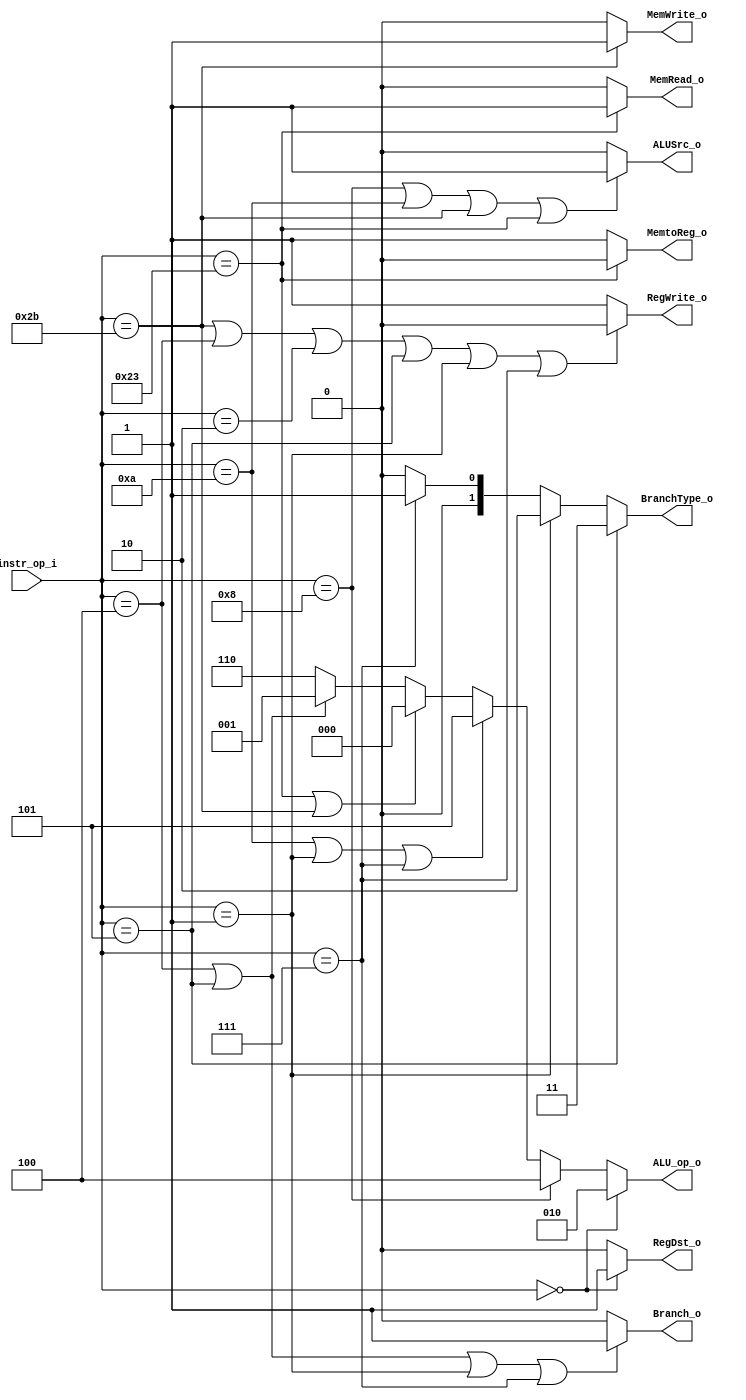
// 0516022

//Subject:     CO project 2 - Decoder
//--------------------------------------------------------------------------------
//Version:     1
//--------------------------------------------------------------------------------
//Writer:  Luke
//----------------------------------------------
//----------------------------------------------
//Description: 
//--------------------------------------------------------------------------------

module Decoder(
    instr_op_i,
	RegWrite_o,
	ALU_op_o,
	ALUSrc_o,
	RegDst_o,
	BranchType_o,
	Branch_o,
	MemRead_o, 
	MemWrite_o, 
	MemtoReg_o
	);
     
//I/O ports
input  [6-1:0] instr_op_i;

output      RegWrite_o;
output [3-1:0] ALU_op_o;
output      ALUSrc_o;
output      RegDst_o;
output	[2-1:0]BranchType_o;
output      Branch_o;
output		MemRead_o;
output		MemWrite_o;
output		MemtoReg_o;
 
//Internal Signals
reg         RegWrite_o;
reg    [3-1:0] ALU_op_o;
reg         ALUSrc_o;
reg         RegDst_o;
reg		[2-1:0]BranchType_o;
reg         Branch_o;
reg			MemRead_o;
reg			MemWrite_o;
reg			MemtoReg_o;

//Parameter

//Main function
always@(instr_op_i) begin
	RegDst_o = 	(instr_op_i == 6'b000000) ? 1'b1 : 1'b0;
					
	MemtoReg_o = (instr_op_i == 6'b100011) ? 1'b0 : 1'b1;

	RegWrite_o = (instr_op_i == 6'b101011 || instr_op_i == 6'b000100 || instr_op_i == 6'b000010 || instr_op_i == 6'b000101 || instr_op_i == 6'b000001 || instr_op_i == 6'b000111) ? 1'b0 : 1'b1;
				  		  
	ALU_op_o = (instr_op_i == 6'b000000) ? 3'b010 : //add,sub,and,or,slt,mult
					(instr_op_i == 6'b001000) ? 3'b100 : //addi
					(instr_op_i == 6'b001010 || instr_op_i == 6'b000001 || instr_op_i == 6'b000111) ? 3'b101 : //slti,bge,bgt
					(instr_op_i == 6'b100011 || instr_op_i == 6'b101011) ? 3'b000 : //lw,sw
					(instr_op_i == 6'b000100 || instr_op_i == 6'b000101) ? 3'b001 : 3'b110;//beq,bne

	ALUSrc_o = (instr_op_i == 6'b001000 ||		//addi
				instr_op_i == 6'b001010 ||		//slti
				instr_op_i == 6'b101011	||		//sw
				instr_op_i == 6'b100011) ? 1'b1 : 1'b0;	//lw
	
	BranchType_o = (instr_op_i == 6'b000101) ?	2'b11 :	//bne
					(instr_op_i == 6'b000001) ? 2'b10 :	//bge
					(instr_op_i == 6'b000111) ? 2'b01 :	2'b00 ;//bgt
						
	Branch_o = (instr_op_i == 6'b000100 ||	//beq
				instr_op_i == 6'b000101 ||	//bne
				instr_op_i == 6'b000001 ||	//bge
				instr_op_i == 6'b000111 ) ? 1'b1 : 1'b0;	//bgt
				
	MemWrite_o = (instr_op_i == 6'b101011) ? 1'b1 : 1'b0;
	
	MemRead_o = (instr_op_i == 6'b100011) ? 1'b1 : 1'b0;
	end 
endmodule